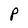
Character: P